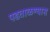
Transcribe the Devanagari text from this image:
पडताळण्यास